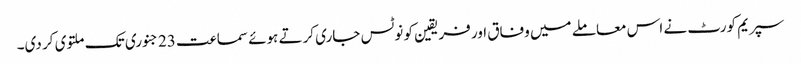
سپریم کورٹ نے اس معاملے میں وفاق اور فریقین کو نوٹس جاری کرتے ہوئے سماعت 23 جنوری تک ملتوی کر دی۔